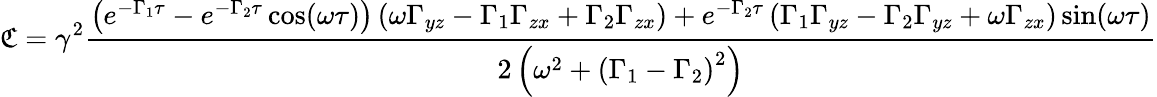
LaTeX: \mathfrak{C}=\gamma^{2}\frac{\left(e^{-\Gamma_{1}\tau}-e^{-\Gamma_{2}\tau}\cos(\omega\tau)\right)\left(\omega\Gamma_{yz}-\Gamma_{1}\Gamma_{zx}+\Gamma_{2}\Gamma_{zx}\right)+e^{-\Gamma_{2}\tau}\left(\Gamma_{1}\Gamma_{yz}-\Gamma_{2}\Gamma_{yz}+\omega\Gamma_{zx}\right)\sin(\omega\tau)}{2\left(\omega^{2}+\left(\Gamma_{1}-\Gamma_{2}\right)^{2}\right)}